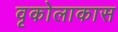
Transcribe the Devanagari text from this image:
वृकोलाकास